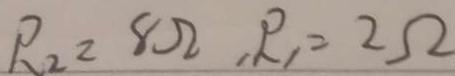
R _ { 2 } = 8 \Omega , R _ { 1 } = 2 \Omega